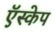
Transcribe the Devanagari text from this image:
ऍस्केप